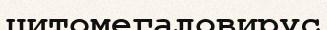
цитомегаловирус